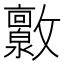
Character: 𫿧